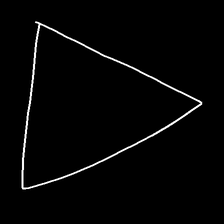
Glyph: convergence